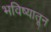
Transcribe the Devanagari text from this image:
भविष्यातून